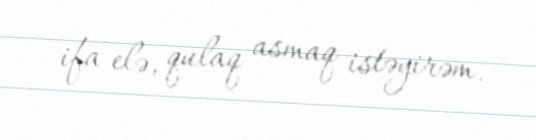
ifa elə, qulaq asmaq istəyirəm.